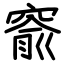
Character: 窬